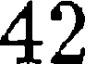
42